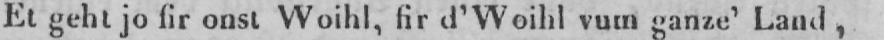
Et geht jo fir onst Woihl, fir d’Woihl vum ganze’ Land,